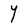
Character: Y